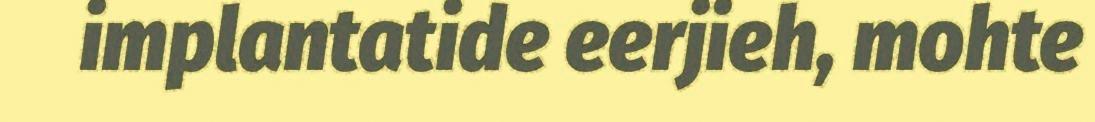
implantatide eerjieh, mohte